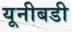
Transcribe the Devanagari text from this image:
यूनीबडी